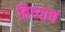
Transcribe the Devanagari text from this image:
बिघ्याचं